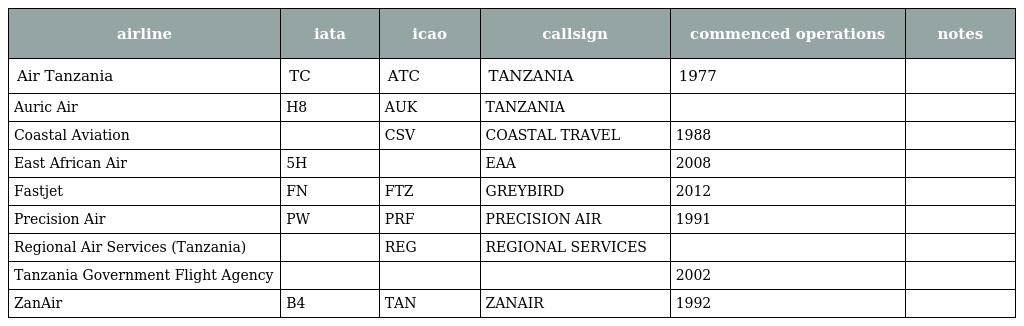
| airline | iata | icao | callsign | commenced operations | notes |
 | --- | --- | --- | --- | --- | --- |
 | Air Tanzania | TC | ATC | TANZANIA | 1977 |  |
 | Auric Air | H8 | AUK | TANZANIA |  |  |
 | Coastal Aviation |  | CSV | COASTAL TRAVEL | 1988 |  |
 | East African Air | 5H |  | EAA | 2008 |  |
 | Fastjet | FN | FTZ | GREYBIRD | 2012 |  |
 | Precision Air | PW | PRF | PRECISION AIR | 1991 |  |
 | Regional Air Services (Tanzania) |  | REG | REGIONAL SERVICES |  |  |
 | Tanzania Government Flight Agency |  |  |  | 2002 |  |
 | ZanAir | B4 | TAN | ZANAIR | 1992 |  |